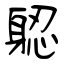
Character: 躵